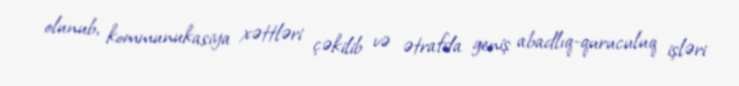
olunub, kommunukasiya xəttləri çəkilib və ətrafda geniş abadlıq-quruculuq işləri